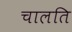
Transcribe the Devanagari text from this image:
चालति